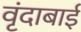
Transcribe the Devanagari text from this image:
वृंदाबाई